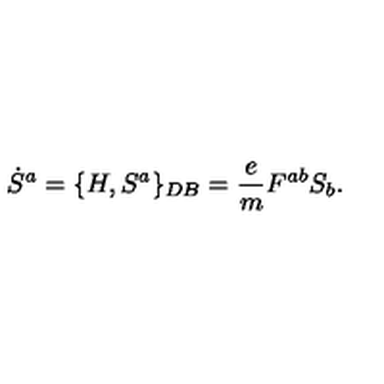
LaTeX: \dot { S } ^ { a } = \{ H , S ^ { a } \} _ { D B } = { \frac { e } { m } } F ^ { a b } S _ { b } .